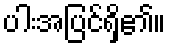
ပါးအပြင်ရှိ၏။